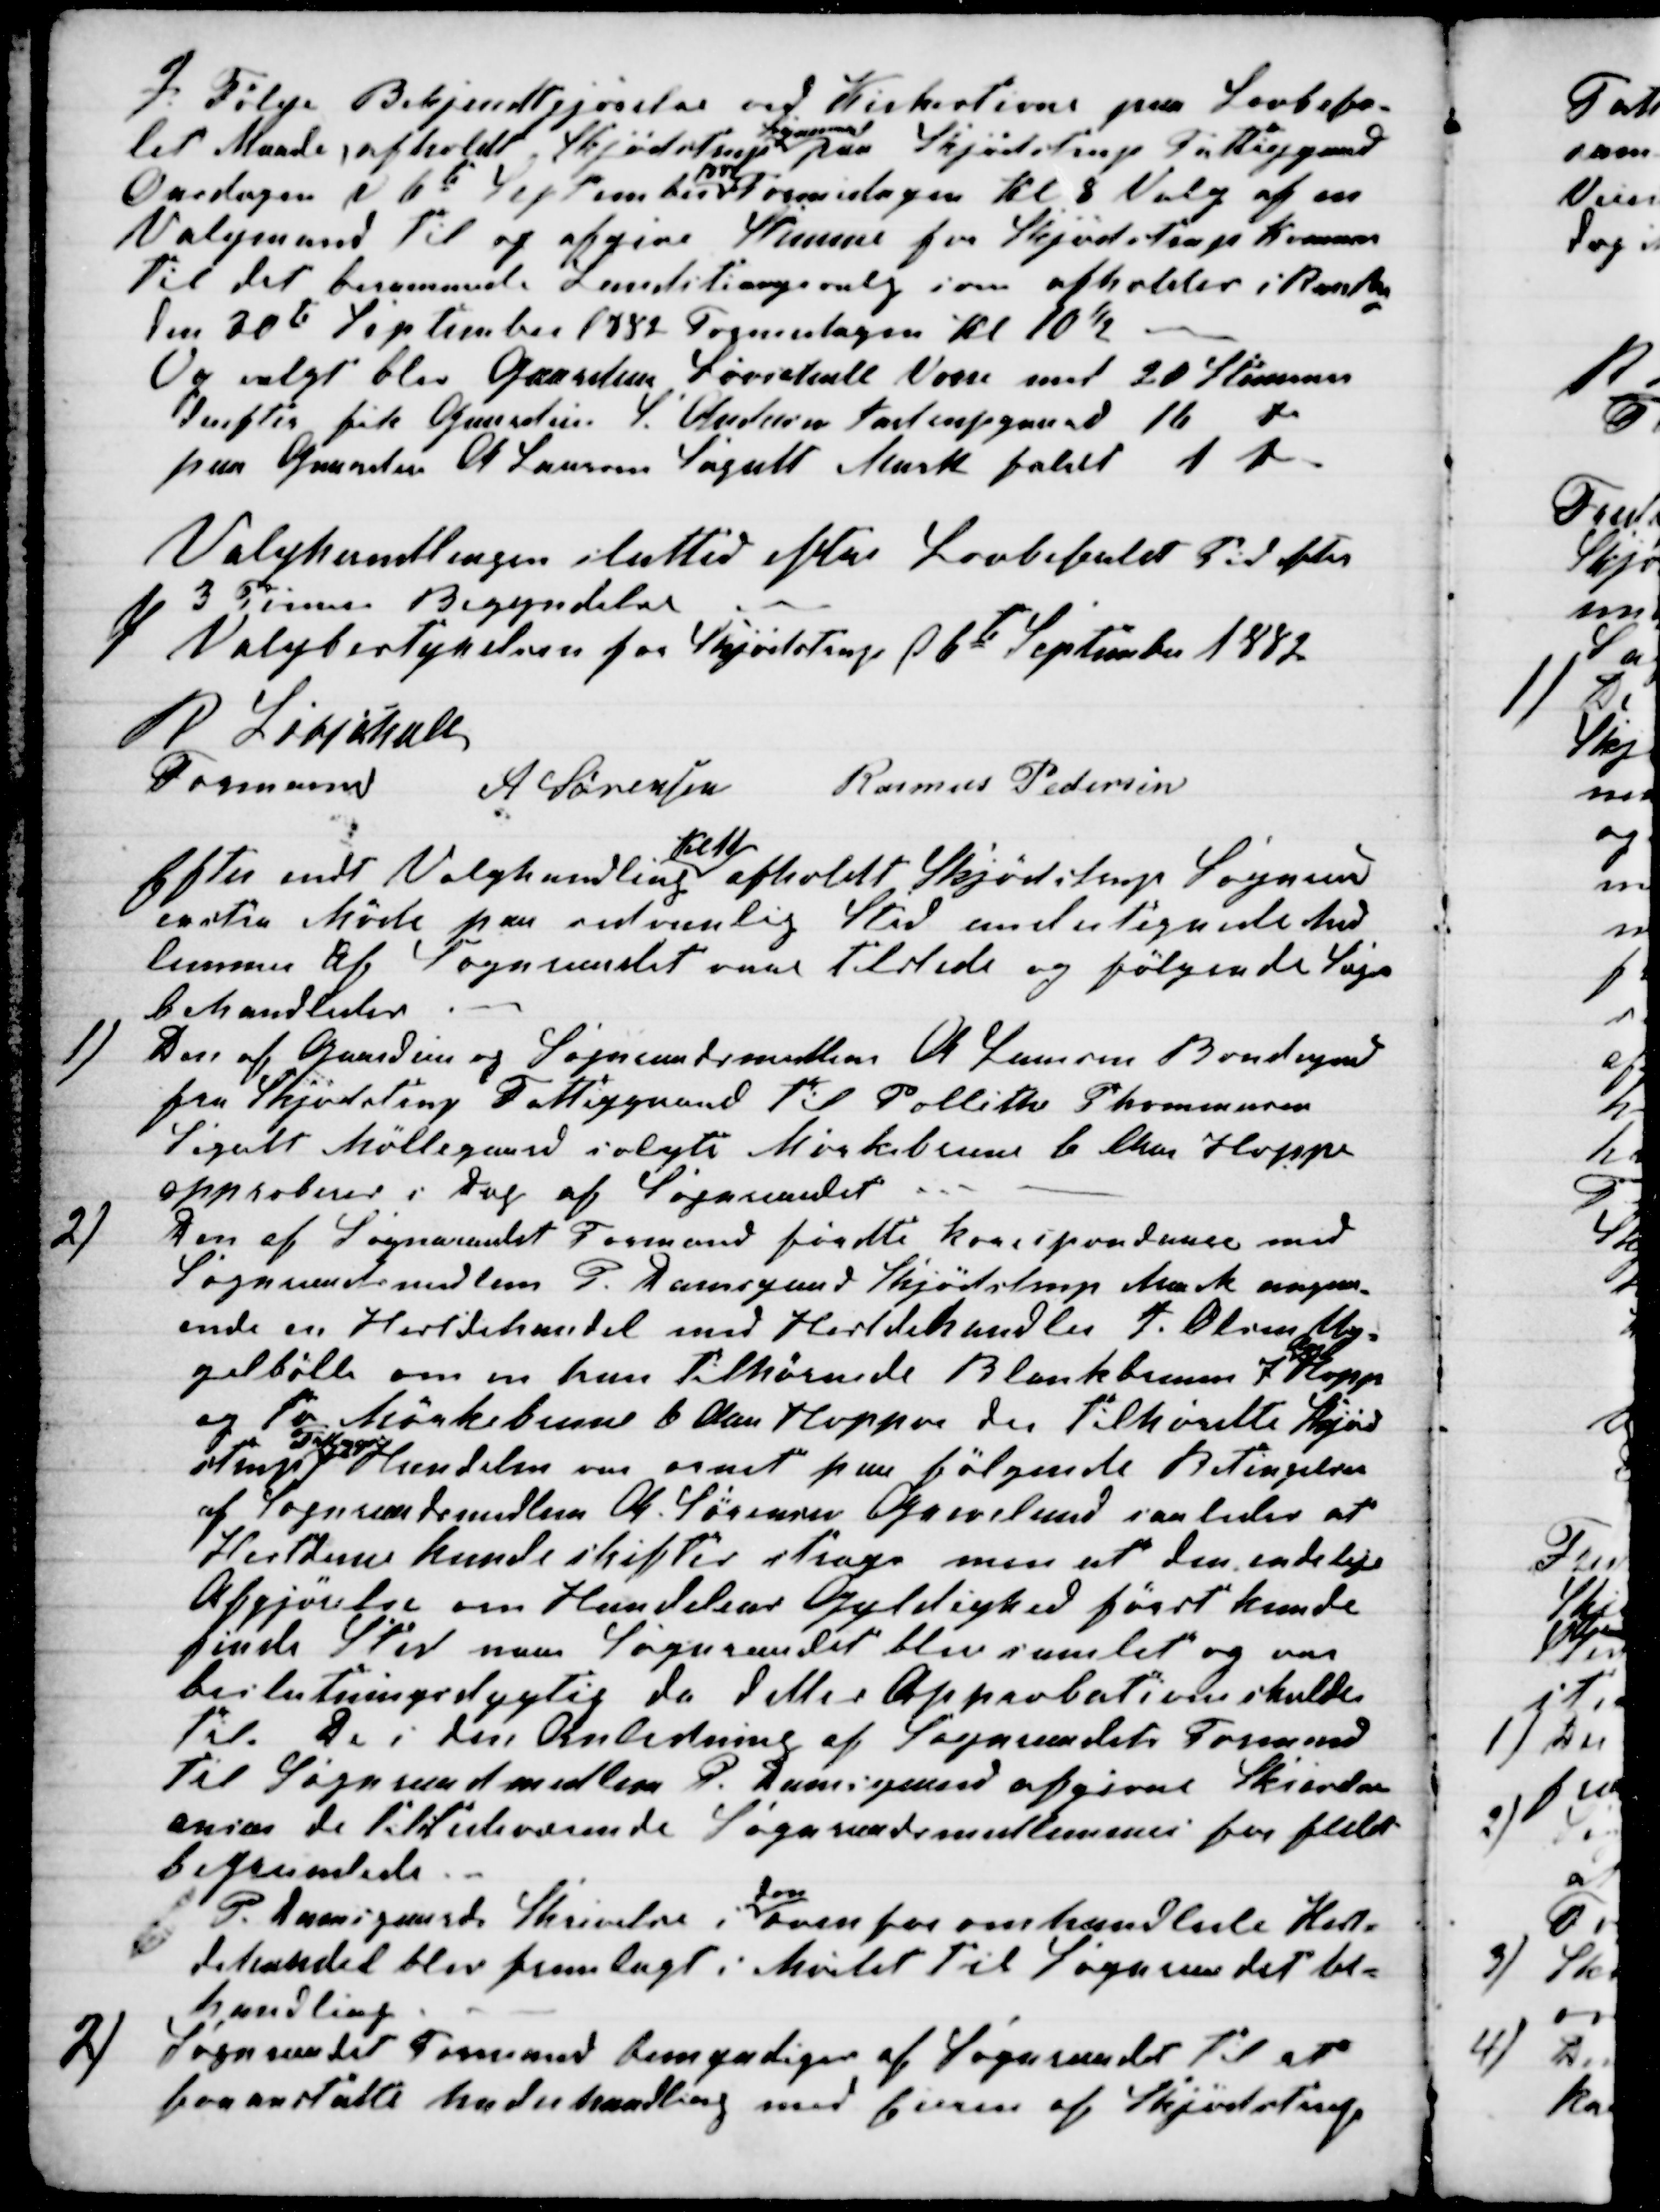
Transskription:
I Følge Bekjendtgjørelse ved Kirkestevne paa Lovbefa-
let Maade, afholdt Skjødstrup
Sogneraad
paa Skjødstrup Fattiggaard
Onsdagen d 6te September Formidagen Kl 8 Valg af en
Valgmand til og afgive Stemme for Skjødstrup Komune
til det berammede Landstingsvalg som afholdes i Randers
den 30de September 1882 Formidagen Kl 10½
Og valgt blev Gaardeier Løvschall Vorre med 20 Stemmer
derefter fik Gaardeier S. Andersen Aastrupgaard 16 Do
paa Gaardeier A Laursen Segalt Mark faldt 1 Do
Valghandlingen slutted efter Lovbefalet Tid efter
3 Timers Begyndelse
f/
Valgbestyrelsen for Skjødstrup d 6te September 1882
R Løvschall
Formand
A Sørensen
Rasmus Pedersen
Efter endt Valghandling 
Kl 11
afholdt Skjødstrup Sogneraad
exstra Møde paa sedvanlig Sted undertegnede med
lemmer af Sogneraadet vare tilstede og følgende Sager
behandledes
1)
Den af Gaardeier og Sogneraadsmedlem A. Laursen Bondegaard
fra Skjødstrup Fattiggaard til Pollithe Thommesen
Segalt Møllegaard solgte Mørkebrune 6 Aars Hoppe
approberes i Dag af Sogneraadet
2)
Den af Sogneraadet Formand førdte korespondance med
Sogneraadsmedlem P. Damsgaard Skjødstrup Mark angaa-
ende en Hestdehandel med Hestdehandler J. Olsen Ug-
gelbølle om en han tilhørende Blankbrun 7
Aars
Hoppe
og to Mørkebrune 6 Aars Hopper der tilhørdte Skød-
strup
Fattiggaard
Handelen var ornet paa følgende Betingelser
af Sogneraadsmedlem A. Sørensen Grevelund saaledes at
Hestdene kunde skiftes strags men at den endelige
Afgjørelse om Handelens Gyldighed først kunde
finde Sted naar Sogneraadet blev samlet og var
beslutningsdygtig da dettes Approbation skulde
til. De i den Anledning af Sogneraadets Formand
til Sogneraadsmedlem P. Damsgaard afgivne Skrivelse
anser de tilstedeværende Sogneraadsmedlemmer for fuldt
begrundede.
P. Damsgaards Skrivelse i 
den
ovenfor omhandlede Hest-
dehandel blev fremlagt i Mødet til Sogneraadet be-
handling
2) Sogneraadet Formand bemyndiges af Sogneraadet til at
foranstalte Underhandling med Eieren af Skjødstrup